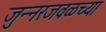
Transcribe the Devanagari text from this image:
जुन्‍नरजवळच्या